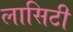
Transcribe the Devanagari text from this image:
लासिटी